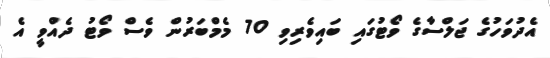
އެދުވަހުގެ ޖަލްސާގެ ވޯޓުގައި ބައިވެރިވި 70 މެމްބަރުން ވެސް ވޯޓު ދެއްވީ އެ